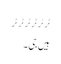
ٹر ٹر ٹر ٹر ٹر ٹر
ہیں جی۔